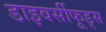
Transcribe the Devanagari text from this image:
डाइवर्सीफूड्स